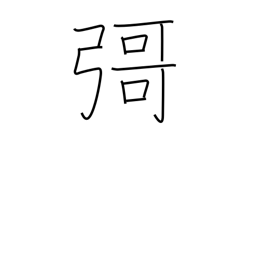
Meaning: (ghost kanji)